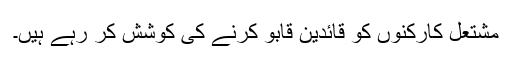
مشتعل کارکنوں کو قائدین قابو کرنے کی کوشش کر رہے ہیں۔